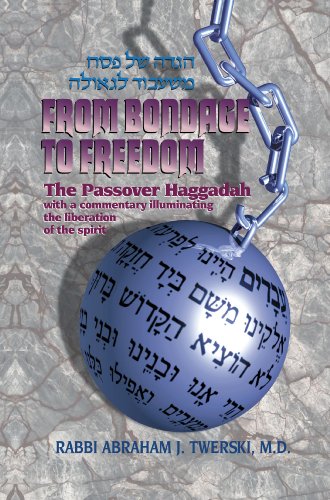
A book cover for From Bondage to Freedom: The Passover Haggadah; Abraham J. Twerski; Religion & Spirituality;